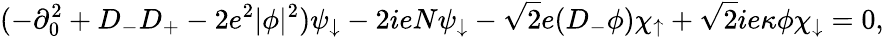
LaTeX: (-\partial_{0}^{2}+D_{-}D_{+}-2e^{2}|\phi|^{2})\psi_{\downarrow}-2ieN\psi_{\downarrow}-\sqrt{2}e(D_{-}\phi)\chi_{\uparrow}+\sqrt{2}ie\kappa\phi\chi_{\downarrow}=0,